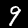
Label: 9